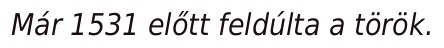
Már 1531 előtt feldúlta a török.